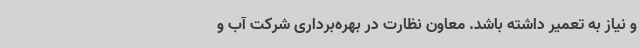
و نیاز به تعمیر داشته باشد. معاون نظارت در بهره‌برداری شرکت آب و